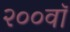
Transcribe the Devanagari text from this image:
२००वॉ